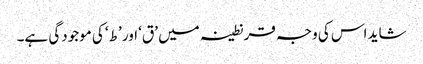
شاید اس کی وجہ قرنطینہ میں ’ق‘ اور ’ط‘ کی موجودگی ہے۔